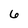
Character: 6